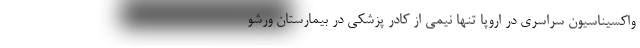
واکسیناسیون سراسری در اروپا تنها نیمی از کادر پزشکی در بیمارستان ورشو